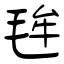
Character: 毪